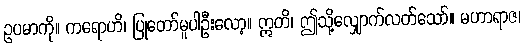
ဥပမာကို။ ကရောဟိ၊ ပြုတော်မူပါဦးလော့။ ဣတိ၊ ဤသို့လျှောက်လတ်သော်။ မဟာရာဇ၊